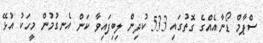
ސްޕާމް ޑޯނާއެއްގެ ގޮތުގައި 533 ކުދިން ލިބިފައިވާ ކަން އެނގުމުން މީހަކު އުޅޭ